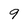
Character: 9